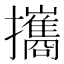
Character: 攜